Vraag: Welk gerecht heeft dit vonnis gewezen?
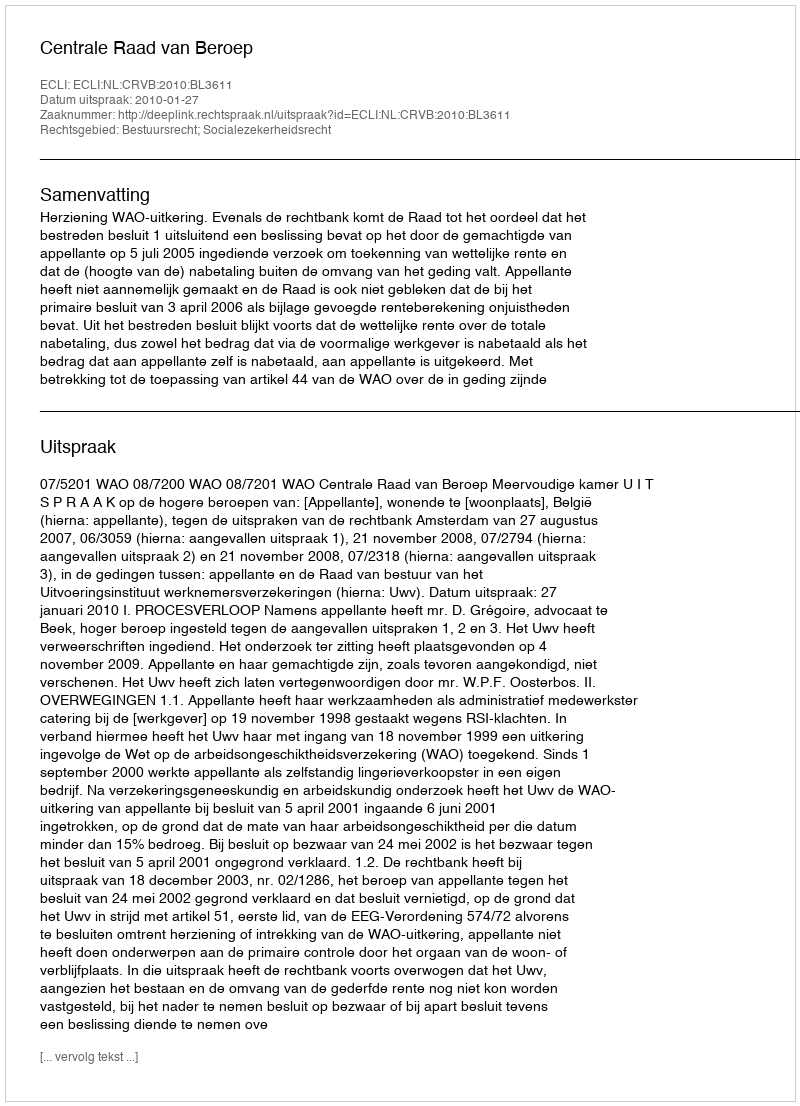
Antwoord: Centrale Raad van Beroep